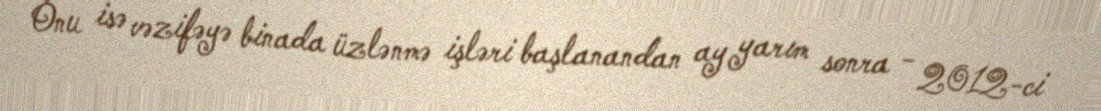
Onu isə vəzifəyə binada üzlənmə işləri başlanandan ay yarım sonra - 2012-ci